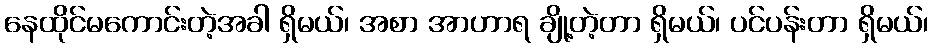
နေထိုင်မကောင်းတဲ့အခါ ရှိမယ်၊ အစာ အာဟာရ ချို့တဲ့တာ ရှိမယ်၊ ပင်ပန်းတာ ရှိမယ်၊